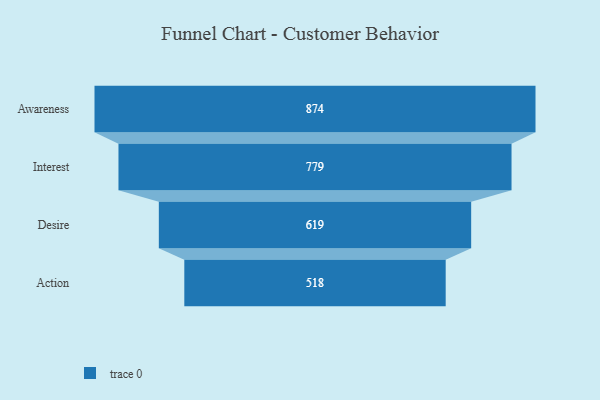
{"axis": {"x": "Stage", "y": "Value"}, "legend": [""], "data": [{"x": "Awareness", "y": 874.0, "type": ""}, {"x": "Interest", "y": 779.0, "type": ""}, {"x": "Desire", "y": 619.0, "type": ""}, {"x": "Action", "y": 518.0, "type": ""}]}